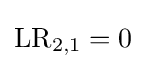
\mathrm {LR} _{2,1}=0